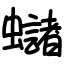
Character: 蠩